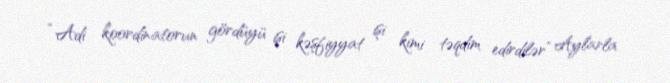
“Adi koordinatorun gördüyü işi kəşfiyyat işi kimi təqdim edirdilər” Aylarla